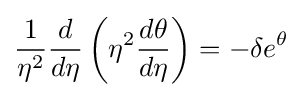
{\frac {1}{\eta ^{2}}}{\frac {d}{d\eta }}\left(\eta ^{2}{\frac {d\theta }{d\eta }}\right)=-\delta e^{\theta }